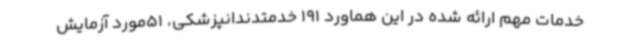
خدمات مهم ارائه شده در این هماورد 191 خدمتدندانپزشکی، 51مورد آزمایش